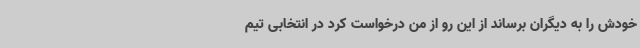
خودش را به دیگران برساند از این رو از من درخواست کرد در انتخابی تیم